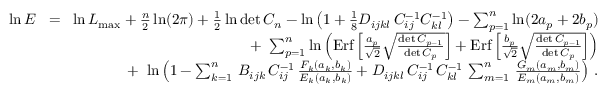
\begin{array} { r l r } { \ln E } & { \! = \! } & { \ln { \cal L } _ { \mathrm { m a x } } + { \frac { n } { 2 } } \ln ( 2 \pi ) + { \frac { 1 } { 2 } } \ln \operatorname* { d e t } C _ { n } - \ln \left( 1 + { \frac { 1 } { 8 } } D _ { i j k l } \, C _ { i j } ^ { - 1 } C _ { k l } ^ { - 1 } \right) - \sum _ { p = 1 } ^ { n } \ln ( 2 a _ { p } + 2 b _ { p } ) } \\ & { } & { + \ \sum _ { p = 1 } ^ { n } \ln \left( \mathrm { E r f } \left[ { \frac { a _ { p } } { \sqrt 2 } } \sqrt { \frac { \operatorname* { d e t } C _ { p - 1 } } { \operatorname* { d e t } C _ { p } } } \right] + \mathrm { E r f } \left[ { \frac { b _ { p } } { \sqrt 2 } } \sqrt { \frac { \operatorname* { d e t } C _ { p - 1 } } { \operatorname* { d e t } C _ { p } } } \right] \right) } \\ & { } & { + \ \ln \left( 1 - \sum _ { k = 1 } ^ { n } \, B _ { i j k } \, C _ { i j } ^ { - 1 } \, { \frac { F _ { k } ( a _ { k } , b _ { k } ) } { E _ { k } ( a _ { k } , b _ { k } ) } } + D _ { i j k l } \, C _ { i j } ^ { - 1 } \, C _ { k l } ^ { - 1 } \, \sum _ { m = 1 } ^ { n } \, { \frac { G _ { m } ( a _ { m } , b _ { m } ) } { E _ { m } ( a _ { m } , b _ { m } ) } } \right) \, . } \end{array}